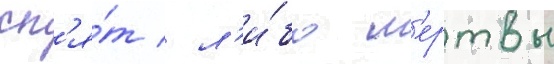
сп'я́т / л'и́бо м'ертвы